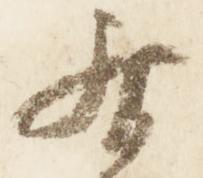
居